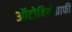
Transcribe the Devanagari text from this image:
ऑटोबियोग्राफी